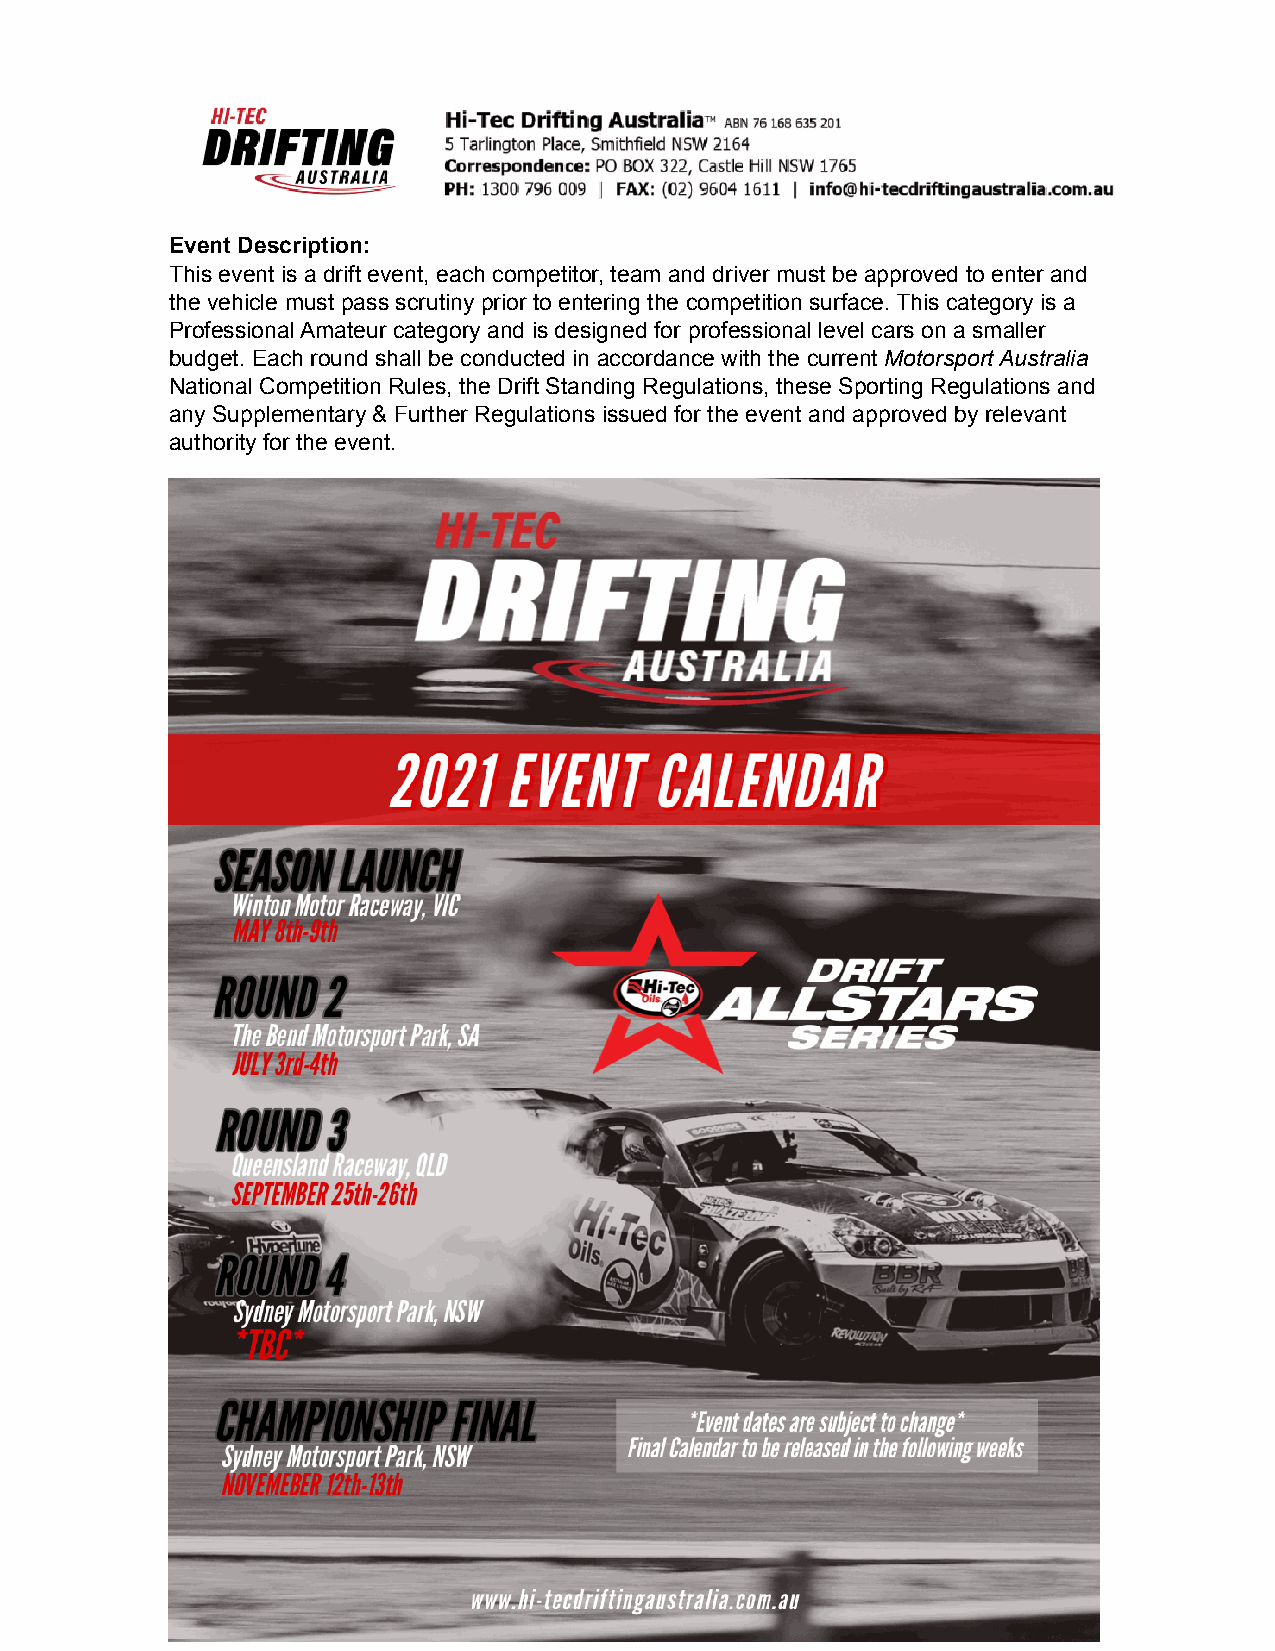
Event Description:
 This event is a drift event, each competitor, team and driver must be approved to enter and
 the vehicle must pass scrutiny prior to entering the competition surface. This category is a
 Professional Amateur category and is designed for professional level cars on a smaller
 budget. Each round shall be conducted in accordance with the current Motorsport Australia
 National Competition Rules, the Drift Standing Regulations, these Sporting Regulations and
 any Supplementary & Further Regulations issued for the event and approved by relevant
 authority for the event.